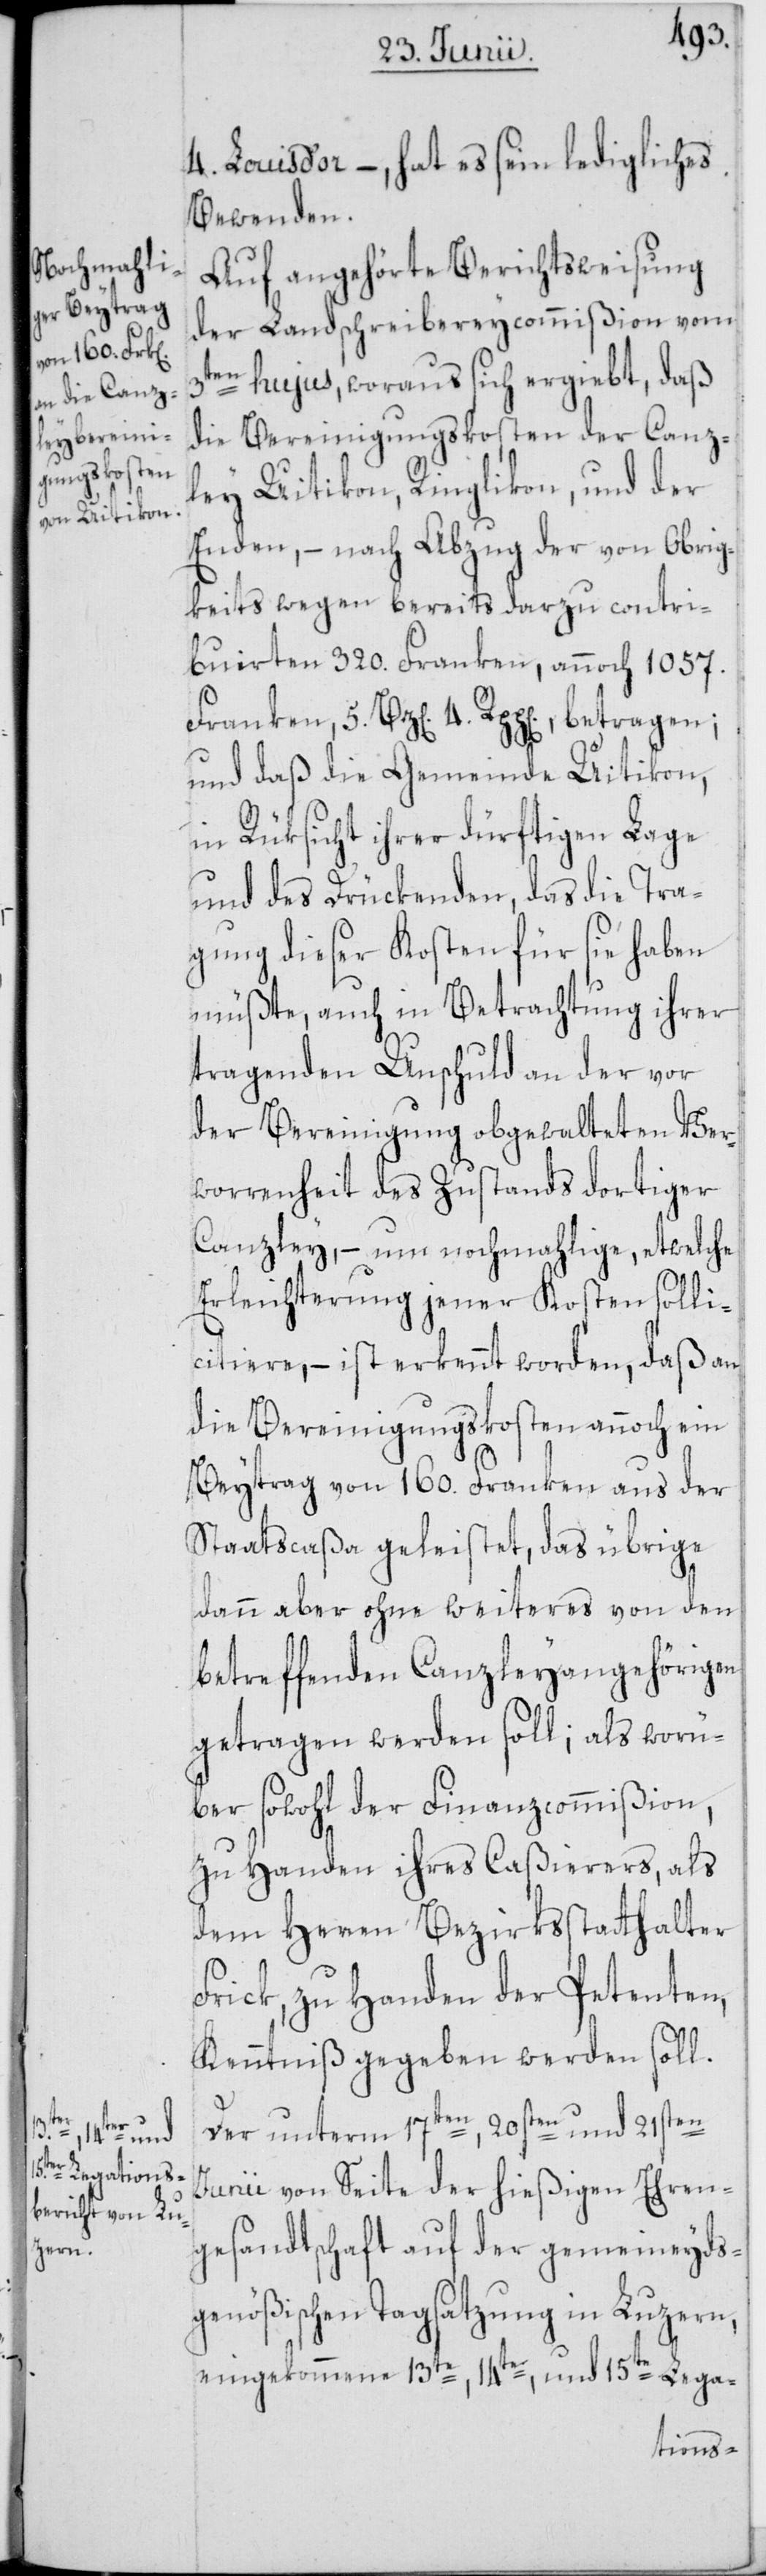
5.
Bz[en]. 4.

4. Louis d’or –, hat es sein ledigliches
Bewenden.
Auf angehörte Berichtsweisung
der Landschreibereycommißion vom
3ten hujus, woraus sich ergiebt, daß
die Bereinigungskosten der Canz¬
ley Uitikon, Ringlikon, und der
Enden, – nach Abzug der von Obrig¬
keits wegen bereits darzu contri¬
buirten 320. Franken, annoch 1057.
und daß die Gemeinde Uitikon,
in Rüksicht ihrer dürftigen Lage
und des Drückenden, das die Tra¬
gung dieser Kosten für sie haben
müßte, auch in Betrachtung ihrer
tragenden Unschuld an der vor
der Bereinigung obgewalteten Ver¬
worrenheit des Zustands dortiger
Canzley, – um nochmahlige, etwelche
Erleichterung jener Kosten solli¬
citiere, – ist erkennt worden, daß an
die Bereinigungskosten annoch ein
Beytrag von 160. Franken aus der
Staatscaßa geleistet, das übrige
dann aber ohne weiteres von den
betreffenden Canzleyangehörigen
getragen werden soll; als worü¬
ber sowohl der Finanzcommißion,
zu Handen ihres Caßierers, als
dem Herren Bezirksstatthalter
Frick, zu Handen der Petenten,
Kenntniß gegeben werden soll.
Der unterm 17ten, 20sten und 21sten
Junii von Seite der hießigen Ehren¬
gesandtschaft auf der gemeineyds¬
genößischen Tagsatzung in Luzern,
eingekommene 13te, 14te, und 15te Lega-